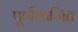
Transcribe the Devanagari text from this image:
पूर्णभाजित